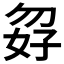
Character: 𪥸